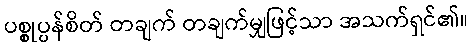
ပစ္စုပ္ပန်စိတ် တချက် တချက်မျှဖြင့်သာ အသက်ရှင်၏။